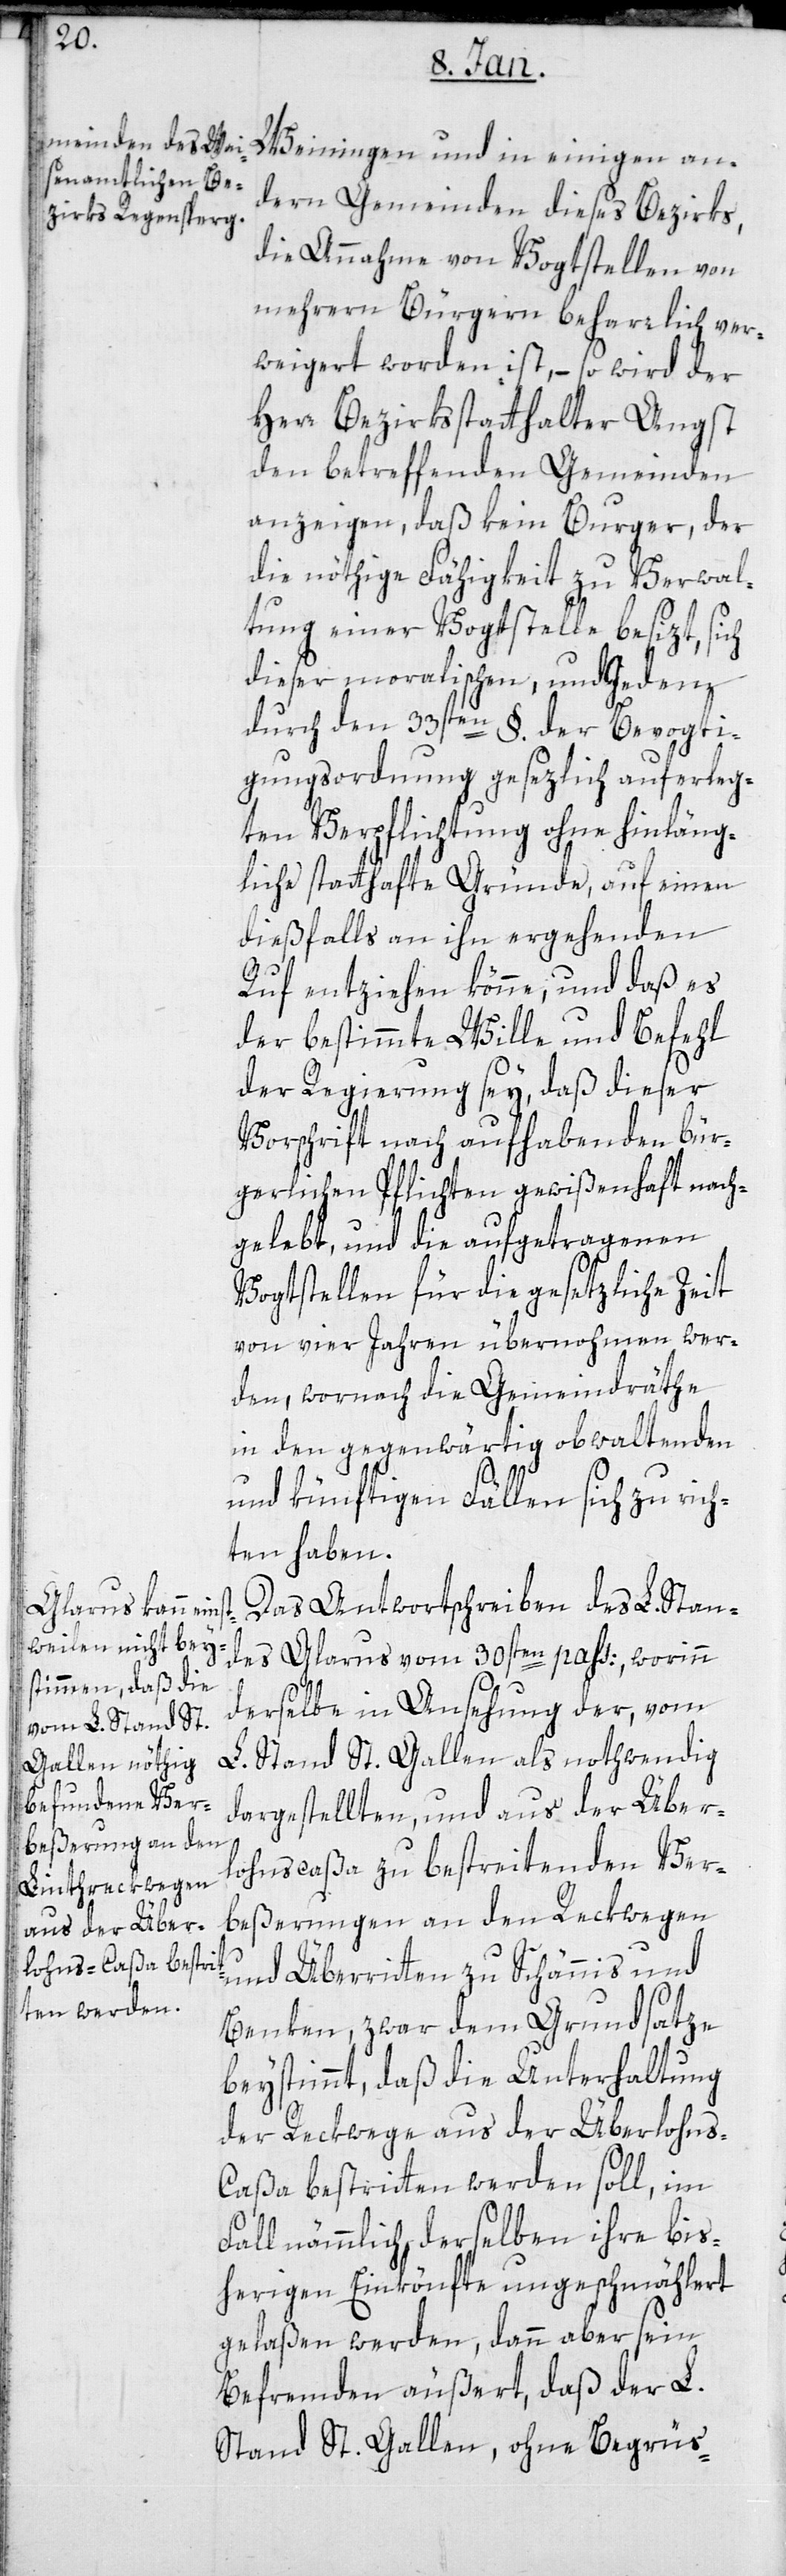
Weiningen und in einigen an¬
dern Gemeinden dieses Bezirks,
die Annahme von Vogtstellen von
mehrern Bürgern beharrlich ver¬
weigert worden ist, – so wird der
Herr Bezirksstatthalter Angst
den betreffenden Gemeinden
anzeigen, daß kein Bürger, der
die nöthige Fähigkeit zu Verwal¬
tung einer Vogtstelle besitzt, sich
dieser moralischen, und Jedem
durch den 33sten §. der Bevogti¬
gungsordnung gesetzlich auferleg¬
ten Verpflichtung ohne hinläng¬
liche statthafte Gründe, auf einen
dießfalls an ihn ergehenden
Ruf entziehen könne, und daß es
der bestimmte Wille und Befehl
der Regierung sei, daß dieser
Vorschrift nach aufhabenden bür¬
gerlichen Pflichten gewißenhaft nach¬
gelebt, und die aufgetragenen
Vogtstellen für die gesetzliche Zeit
von vier Jahren übernommen wer¬
den, wornach die Gemeindräthe
in den gegenwärtig obwaltenden
und künftigen Fällen sich zu rich¬
ten haben.
Das Antwortschreiben des L. Stan¬
des Glarus vom 30sten pass:, worinn
derselbe in Ansehung der, vom
L. Stand St. Gallen als nothwendig
dargestellten, und aus der Über¬
lohnscaßa zu bestreitenden Ver¬
beßerungen an den Reckwegen
und Überritten zu Schänis und
Benken, zwar dem Grundsatze
beystimmt, daß die Unterhaltung
der Reckwege aus der Überlohns-C¬
aßa bestritten werden soll, im
Fall nämmlich derselben ihre bis¬
herigen Einkönfte ungeschmählert
gelassen werden, dann aber sein
Befremden äußert, daß der L.
Stand St. Gallen, ohne Begrüs-